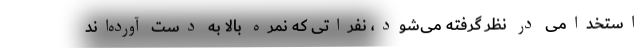
استخدامی در نظر گرفته می‌شود، نفراتی که نمره بالا به دست آورده‌اند